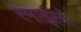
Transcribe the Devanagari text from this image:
रमाईलो